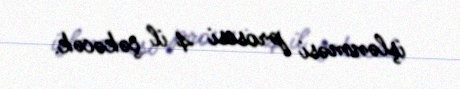
işlənməsi prosesi 4 il çəkəcək.